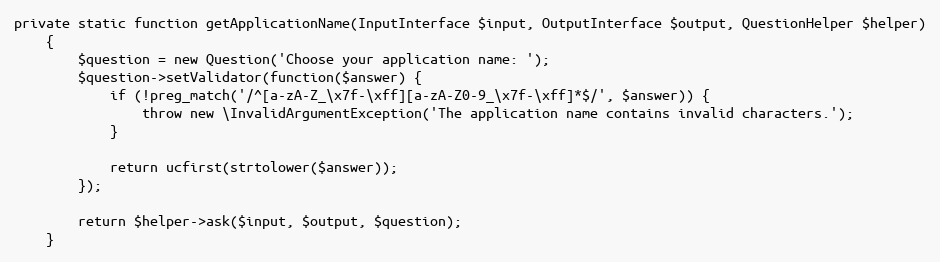
Language: PHP
private static function getApplicationName(InputInterface $input, OutputInterface $output, QuestionHelper $helper)
    {
        $question = new Question('Choose your application name: ');
        $question->setValidator(function($answer) {
            if (!preg_match('/^[a-zA-Z_\x7f-\xff][a-zA-Z0-9_\x7f-\xff]*$/', $answer)) {
                throw new \InvalidArgumentException('The application name contains invalid characters.');
            }

            return ucfirst(strtolower($answer));
        });

        return $helper->ask($input, $output, $question);
    }